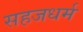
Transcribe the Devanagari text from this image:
सहजधर्म